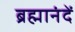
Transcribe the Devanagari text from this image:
ब्रह्मानंदें